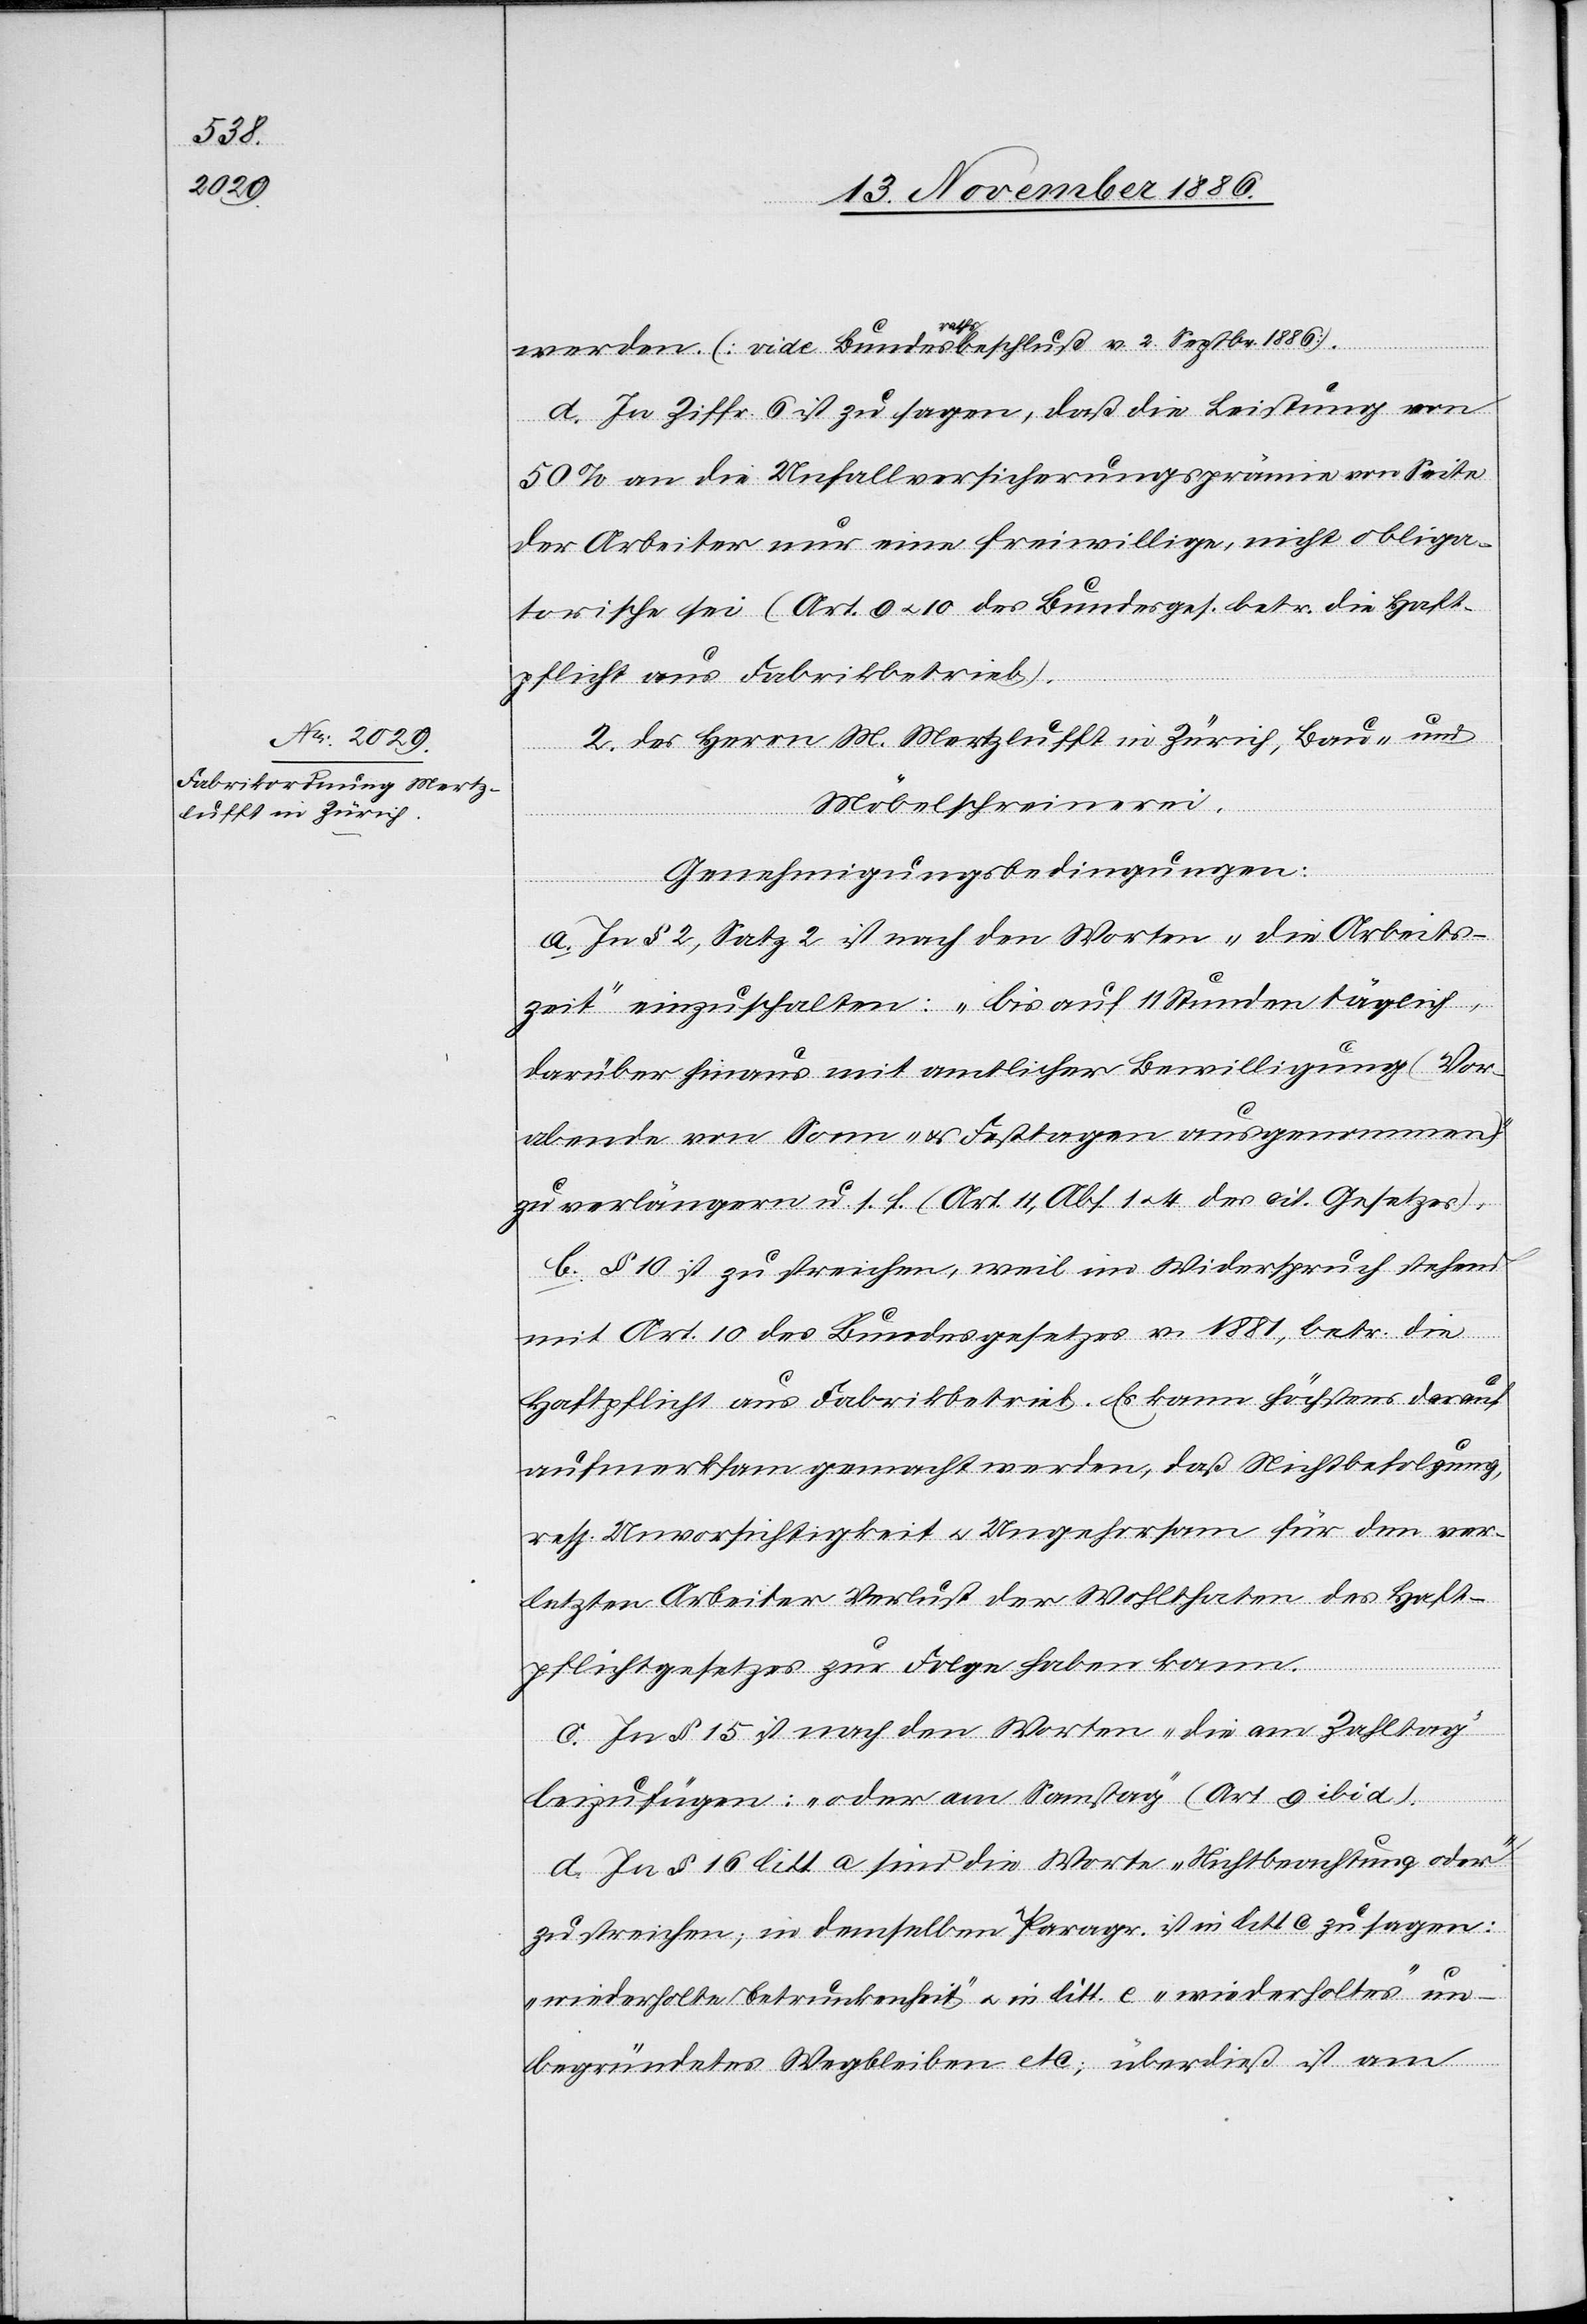
werden (vide Bundesrathsbeschluß v. 2. Septbr. 1886).
d. In Ziffr. 6 ist zu sagen, daß die Leistung von
50% an die Unfallversicherungsprämie von Seite
der Arbeiter nur eine freiwillige, nicht obliga¬
torische sei (Art. 9 & 10 des Bundesges. betr. die Haft¬
pflicht aus Fabrikbetrieb).
2. des Herrn M. Mertzlufft in Zürich, Bau- und
Möbelschreinerei.
Genehmigungsbedingungen:
a. In § 2, Satz 2 ist nach den Worten „die Arbeits¬
zeit“ einzuschalten: „bis auf 11 Stunden täglich,
darüber hinaus mit amtlicher Bewilligung (Vor¬
abende von Sonn- & Festtagen ausgenommen)“
zu verlängern u. s. f. (Art. 11, Abs. 1 & 4 des cit. Gesetzes).
b. § 10 ist zu streichen, weil im Widerspruch stehend
mit Art. 10 des Bundesgesetzes v. 1881, betr. die
Haftpflicht aus Fabrikbetrieb. Es kann höchstens darauf
aufmerksam gemacht werden, daß Nichtbefolgung,
resp. Unvorsichtigkeit & Ungehorsam für den ver¬
letzten Arbeiter Verlust der Wohlthaten des Haft¬
pflichtgesetzes zur Folge haben kann.
c. In § 15 ist nach den Worten „die am Zahltag“
beizufügen: „oder am Samstag“ (Art. 9 ibid).
d. In § 16 litt. a sind die Worte „Nichtbeachtung oder“
zu streichen; in demselben Paragr. ist in litt. c zu sagen:
„wiederholte Betrunkenheit“ & in litt. e „wiederholtes“ un¬
begründetes Wegbleiben etc; überdieß ist am